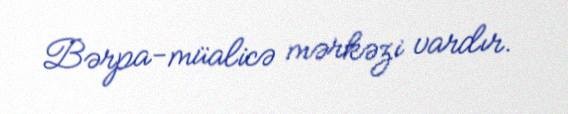
Bərpa-müalicə mərkəzi vardır.